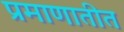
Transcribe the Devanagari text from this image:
प्रमाणातीत